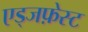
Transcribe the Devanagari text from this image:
एड्जफ़ेस्ट